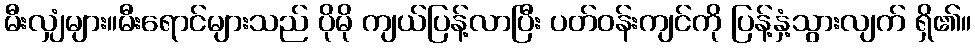
မီးလျှံများ။မီးရောင်များသည် ပိုမို ကျယ်ပြန့်လာပြီး ပတ်ဝန်းကျင်ကို ပြန့်နှံ့သွားလျက် ရှိ၏။